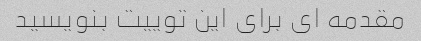
مقدمه ای برای این توییت بنویسید